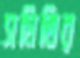
সমিতির